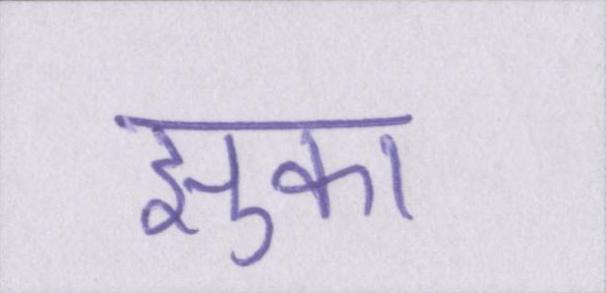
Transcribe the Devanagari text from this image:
झुका